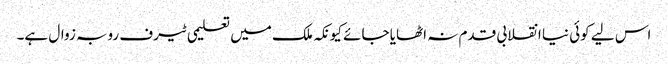
اس لیے کوئی نیا انقلابی قدم نہ اٹھایا جائے کیونکہ ملک میں تعلیمی ٹیرف روبہ زوال ہے۔